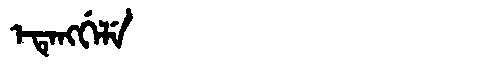
Manchu: ᡝᡨᡝᠩᡤᡝᠯᡝ
Romanization: ETENGGELE